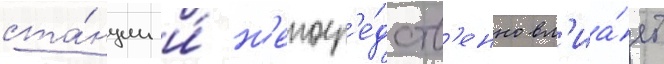
ста́нции и́ н'епоср'е́дств'енно вл'иа́ет